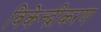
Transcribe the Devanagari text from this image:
विकेन्‍द्रीकरण